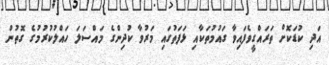
އަދި ކުޑަކޮށް ތަރައްގީވެފައިވާ ގައުމުތަކާއި ޅަފަތުގައި މަރުވާ ކުދިންގެ މައްސަލަ ހައްލުކުރުމުގެ ގޮތުން